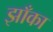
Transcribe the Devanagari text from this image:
झाँका